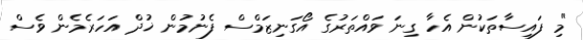
"މި ފައިސާތަކުން އެހާ ގިނަ ވައްތަރުގެ އޯގަނިޒަމްސް ފެނުމުން ޚުދް އަހަރެމެން ވެސް